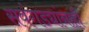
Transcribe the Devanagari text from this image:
सवंगड्यांनाही